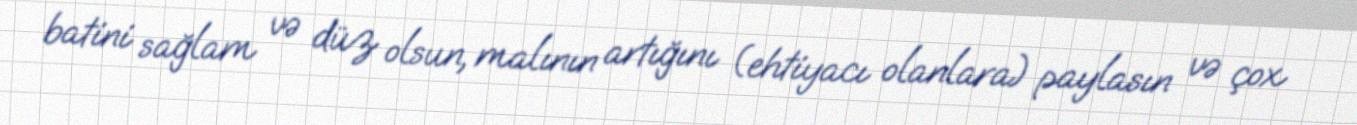
batini sağlam və düz olsun, malının artığını (ehtiyacı olanlara) paylasın və çox